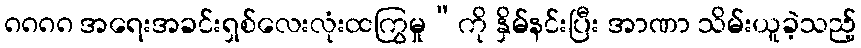
၈၈၈၈ အရေးအခင်းရှစ်လေးလုံးထကြွမှု”ကို နှိမ်နင်းပြီး အာဏာ သိမ်းယူခဲ့သည့်